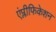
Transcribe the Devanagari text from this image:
एंप्लीफिकेशन